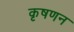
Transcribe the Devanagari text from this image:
कृषणन